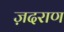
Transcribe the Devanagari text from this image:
ज़दराण